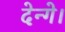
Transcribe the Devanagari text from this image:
देन्गे।